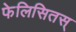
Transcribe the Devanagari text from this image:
फेलिसितस्